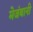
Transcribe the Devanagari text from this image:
मेजंबानी